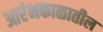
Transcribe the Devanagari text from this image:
आरंभकाळातील